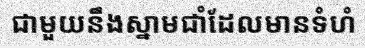
ជាមួយនឹងស្នាមជាំដែលមានទំហំ